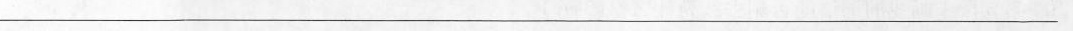
___